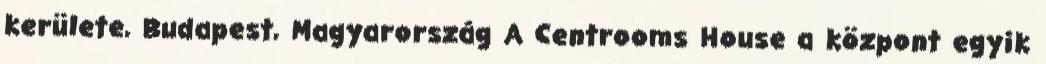
kerülete, Budapest, Magyarország A Centrooms House a központ egyik